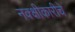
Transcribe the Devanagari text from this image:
नक्क्षीकारीचे